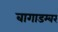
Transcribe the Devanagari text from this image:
बागाडम्बर